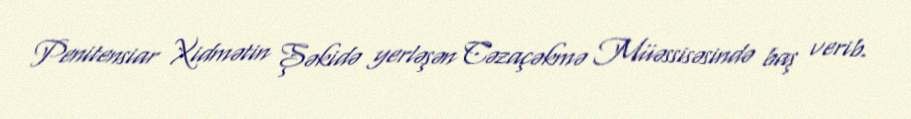
Penitensiar Xidmətin Şəkidə yerləşən Cəzaçəkmə Müəssisəsində baş verib.